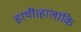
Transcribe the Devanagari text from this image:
हाथी।हालांकि